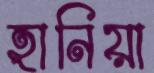
হানিয়া